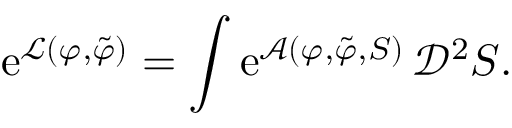
\mathrm { e } ^ { \mathcal { L } ( \varphi , \tilde { \varphi } ) } = \int \mathrm { e } ^ { \mathcal { A } ( \varphi , \tilde { \varphi } , S ) } \, \mathscr { D } ^ { 2 } S .